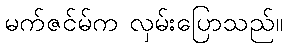
မက်ဇင်မ်က လှမ်းပြောသည်။